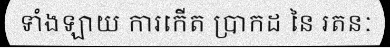
ទាំងឡាយ ការកើត ប្រាកដ នៃ រតនៈ